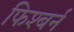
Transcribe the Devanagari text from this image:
फिश्बर्न